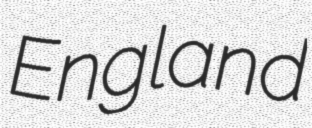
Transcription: England